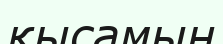
қысамын